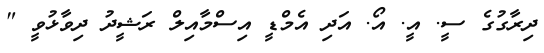
ދިރާގުގެ ސީ. އީ. އޯ. އަދި އެމްޑީ އިސްމާއިލް ރަޝީދު ދިވާޅުވީ "